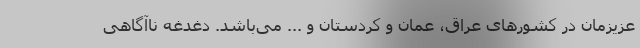
عزیزمان در کشورهای عراق، عمان و کردستان و ... می‌باشد. دغدغه ناآگاهی